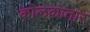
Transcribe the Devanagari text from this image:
कोलकातार